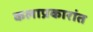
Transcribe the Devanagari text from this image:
कलाप्रकारांत